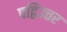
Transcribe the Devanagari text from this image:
पद्विउत्तर